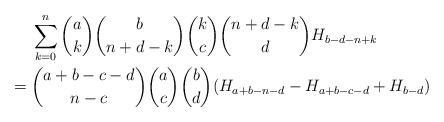
LaTeX: \begin{align*} & \sum_{k=0}^n \binom{a}{k}\binom{b}{n+d-k}\binom{k}{c}\binom{n+d-k}{d}H_{b-d-n+k} \\ ={} & \binom{a+b-c-d}{n-c}\binom{a}{c}\binom{b}{d} (H_{a+b-n-d}-H_{a+b-c-d}+H_{b-d})\end{align*}